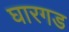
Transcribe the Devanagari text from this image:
घारगड